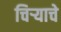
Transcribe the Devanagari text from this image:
चिर्‍याचे